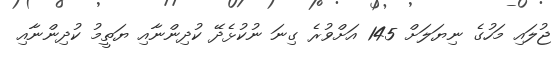
ޖުލައި މަހުގެ ނިޔަލަށް 145 އަށްވުރެ ގިނަ ނުކުޅެދޭ ކުދިންނާއި ޔަތީމު ކުދިންނާއި